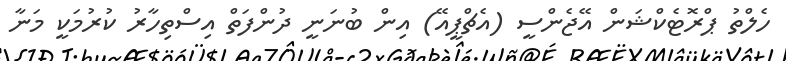
ހެލްތު ޕްރޮޓެކްޝަން އޭޖެންސީ (އެޗްޕީއޭ) އިން ބުނަނީ ދުންފަތް އިސްތިހާރު ކުރުމަކީ މަނާ